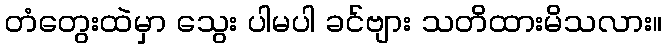
တံတွေးထဲမှာ သွေး ပါမပါ ခင်ဗျား သတိထားမိသလား။